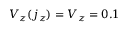
V _ { z } ( j _ { z } ) = V _ { z } = 0 . 1